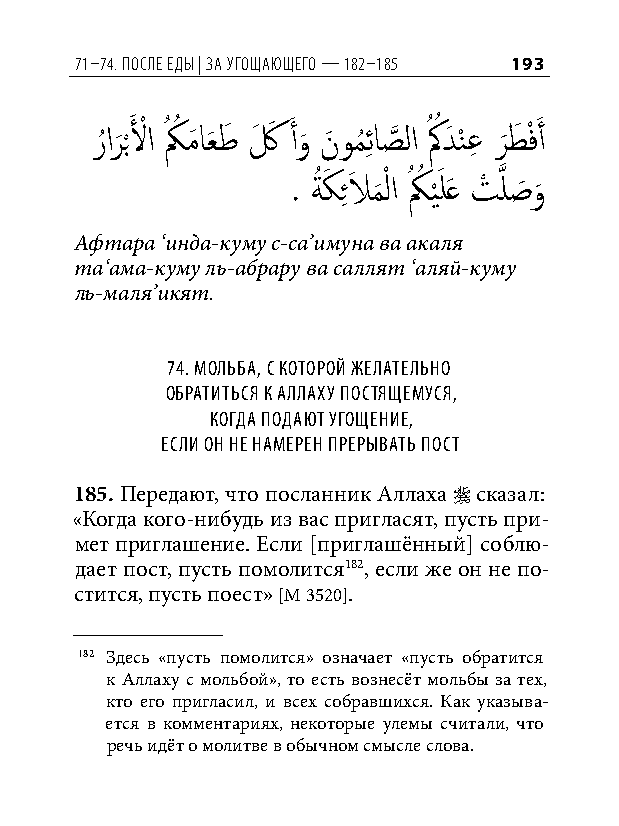
71–74. После еды | за угощающего — 182–185 193
 رُار
 َ
 ب ْلَ ْ ا كُ ُ مَ اعَ طَ كَ َ َ أو
 َ
 نَ ومُ ِ ئاصَّذ لا كُ ُ دَ نْ عِ ر
 َ
 طَ ْفَ أ
 . ةُ كَ ِ ئلاَ م
 َ
 ْ لا كُ ُ ي َْ لَع تْ َّذ لصَ و
 َ
 Афтара ‘инда-куму с-са’имуна ва акаля
 та‘ама-куму ль-абрару ва саллят ‘аляй-куму
 ль-маля’икят.
 74. мольба, С которой желательно
 обратитьСя к аллаху поСтящемуСя,
 когда подают угощение,
 еСли он не намерен прерывать поСт
 185. Передают, что посланник Аллаха  сказал:
 «Когда кого-нибудь из вас пригласят, пусть при-
 мет приглашение. Если [приглашённый] соблю-
 дает пост, пусть помолится182, если же он не по-
 стится, пусть поест» [М 3520].
 182 Здесь «пусть помолится» означает «пусть обратится
 к Аллаху с мольбой», то есть вознесёт мольбы за тех,
 кто его пригласил, и всех собравшихся. Как указыва-
 ется в комментариях, некоторые улемы считали, что
 речь идёт о молитве в обычном смысле слова.